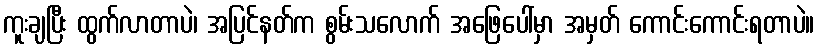
ကူးချပြီး ထွက်လာတာပဲ၊ အပြင်နတ်က စွမ်းသလောက် အဖြေပေါ်မှာ အမှတ် ကောင်းကောင်းရတာပဲ။